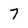
Character: 7